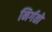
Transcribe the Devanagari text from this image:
निर्गतो